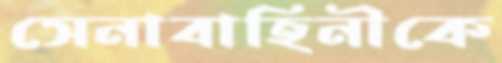
সেনাবাহিনীকে